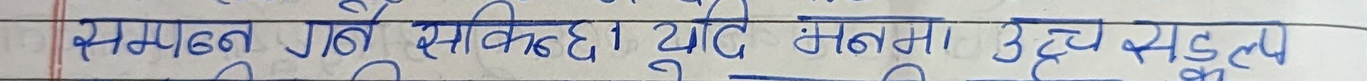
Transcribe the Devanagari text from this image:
समूलन गई सकिएको याद बनाैँ उद्देश्य बढ्ल